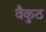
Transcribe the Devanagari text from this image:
वैकुठ